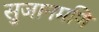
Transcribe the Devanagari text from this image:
सुजानमणि